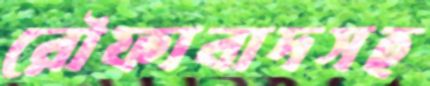
রৌফাবাদসহ